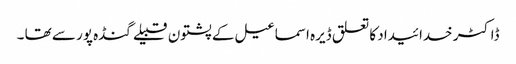
ڈاکٹر خدائیداد کا تعلق ڈیرہ اسماعیل کے پشتون قبیلے گنڈہ پور سے تھا ۔